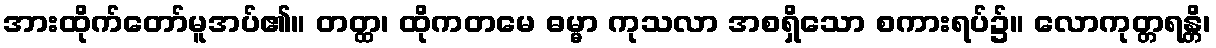
အားထိုက်တော်မူအပ်၏။ တတ္ထ၊ ထိုကတမေ ဓမ္မာ ကုသလာ အစရှိသော စကားရပ်၌။ လောကုတ္တရန္တိ၊